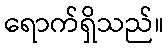
ရောက်ရှိသည်။